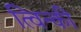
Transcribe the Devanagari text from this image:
त्विन्की